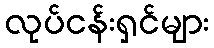
လုပ်ငန်းရှင်များ